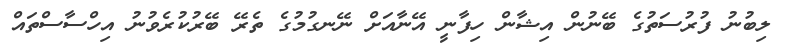
ލިބުނު ފުރުސަތުގެ ބޭނުން އިޝާން ހިފާނީ އޭނާއަށް ނޭނގުމުގެ ތެރޭ ބޭރުކުރެވުނު އިހްސާސްތައް